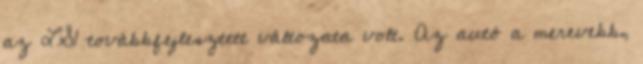
az LS1 továbbfejlesztett változata volt. Az autó a merevebb,